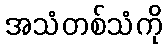
အသံတစ်သံကို